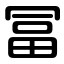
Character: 冨